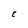
Character: C